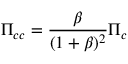
\Pi _ { c c } = \frac { \beta } { ( 1 + \beta ) ^ { 2 } } \Pi _ { c }